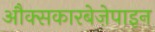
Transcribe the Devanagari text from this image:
औक्सकारबेज़ेपाइन